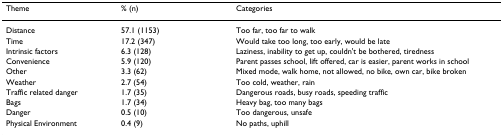
<table><thead><tr><td><b>Theme</b></td><td><b>% (n)</b></td><td><b>Categories</b></td></tr></thead><tbody><tr><td>Distance</td><td>57.1 (1153)</td><td>Too far, too far to walk</td></tr><tr><td>Time</td><td>17.2 (347)</td><td>Would take too long, too early, would be late</td></tr><tr><td>Intrinsic factors</td><td>6.3 (128)</td><td>Laziness, inability to get up, couldn't be bothered, tiredness</td></tr><tr><td>Convenience</td><td>5.9 (120)</td><td>Parent passes school, lift offered, car is easier, parent works in school</td></tr><tr><td>Other</td><td>3.3 (62)</td><td>Mixed mode, walk home, not allowed, no bike, own car, bike broken</td></tr><tr><td>Weather</td><td>2.7 (54)</td><td>Too cold, weather, rain</td></tr><tr><td>Traffic related danger</td><td>1.7 (35)</td><td>Dangerous roads, busy roads, speeding traffic</td></tr><tr><td>Bags</td><td>1.7 (34)</td><td>Heavy bag, too many bags</td></tr><tr><td>Danger</td><td>0.5 (10)</td><td>Too dangerous, unsafe</td></tr><tr><td>Physical Environment</td><td>0.4 (9)</td><td>No paths, uphill</td></tr></tbody></table>